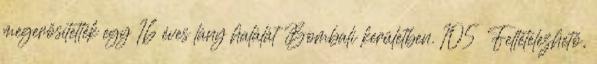
megerősítették egy 16 éves lány halálát Bombali kerületben. 105 Feltételezhető,